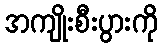
အကျိုးစီးပွားကို